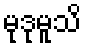
မုဒုမူသိ